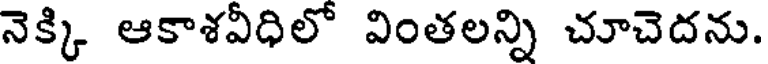
నెక్కి ఆకాశవీధిలో వింతలన్ని చూచెదను.